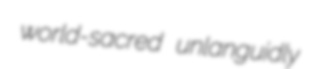
world-sacred unlanguidly